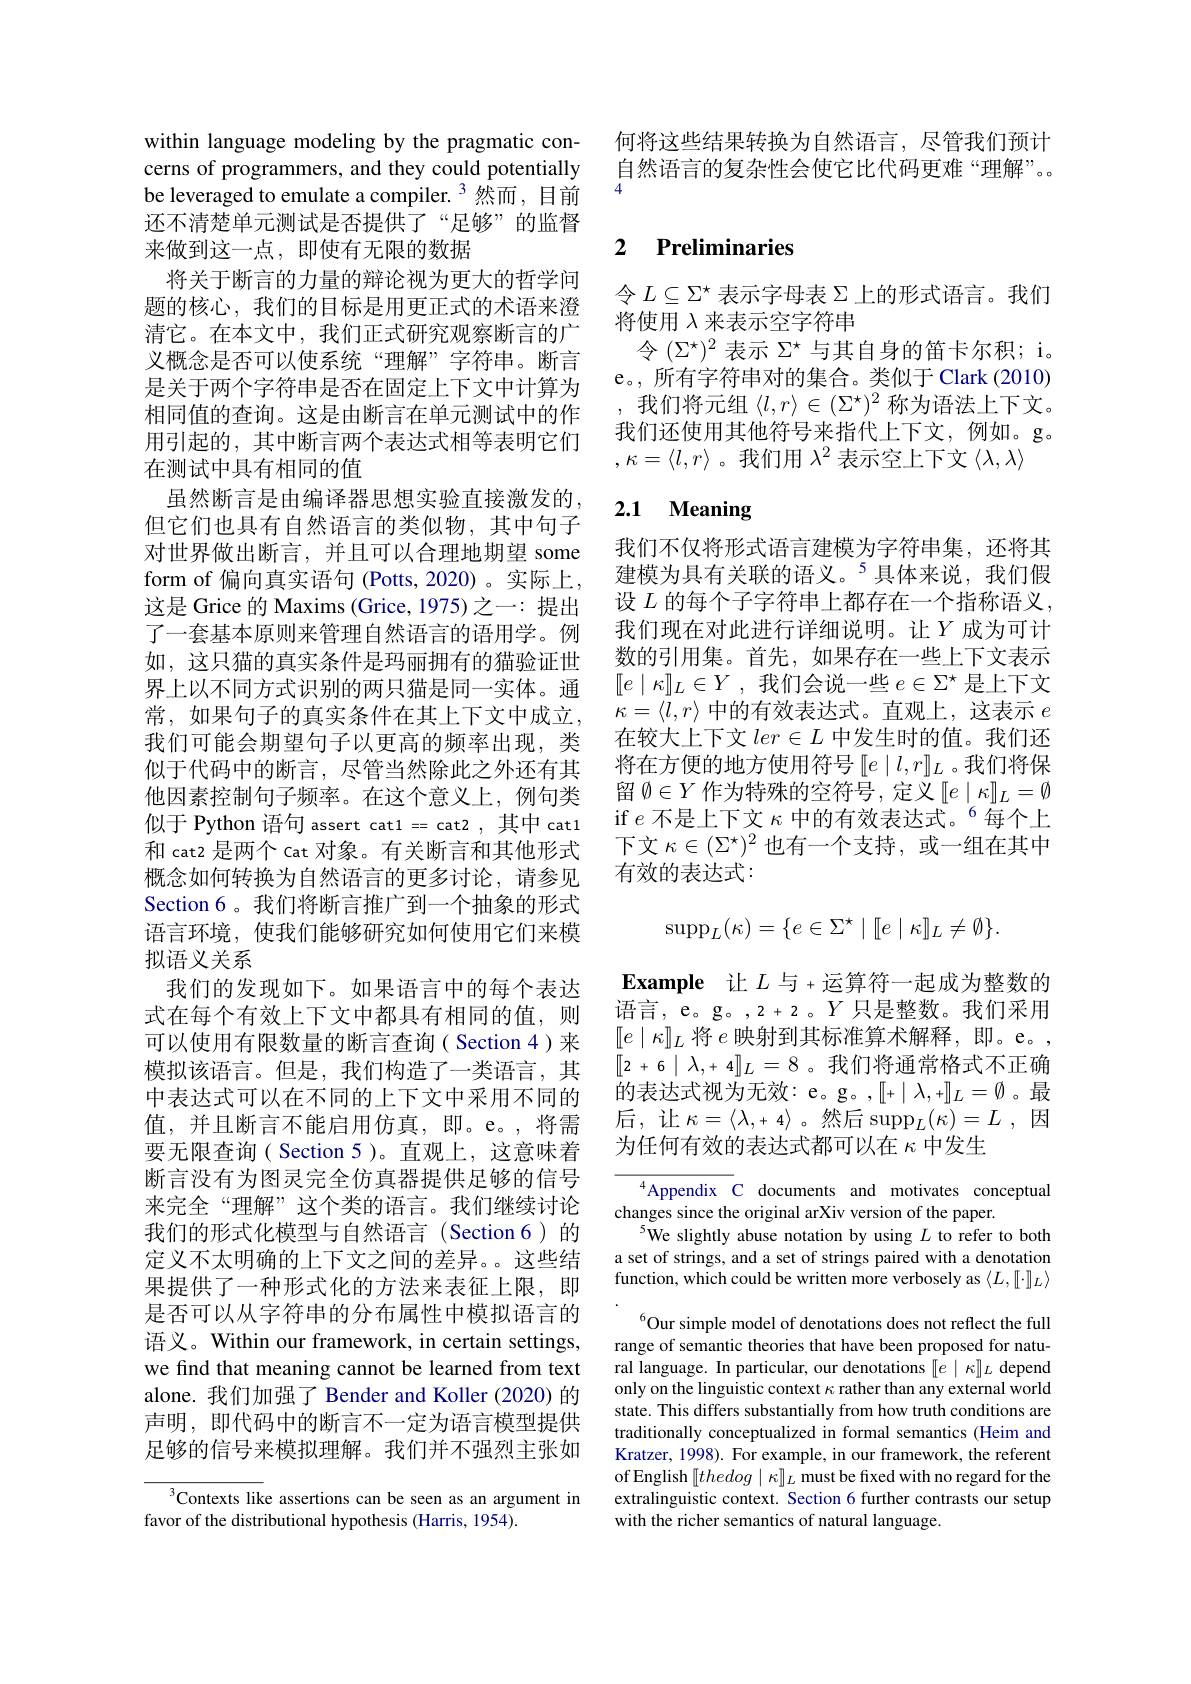
何将这些结果转换为自然语言，尽管我们预计自然语言的复杂性会使它比代码更难“理解”。

within language modeling by the pragmatic concerns of programmers, and they could potentially be leveraged to emulate a compiler. 3 然而，目前还不清楚单元测试是否提供了“足够”的监督
来做到这一点，即使有无限的数据
将关于断言的力量的辩论视为更大的哲学问题的核心，我们的目标是用更正式的术语来澄清它。在本文中，我们正式研究观察断言的广义概念是否可以使系统“理解”字符串。断言是关于两个字符串是否在固定上下文中计算为相同值的查询。这是由断言在单元测试中的作用引起的，其中断言两个表达式相等表明它们在测试中具有相同的值
虽然断言是由编译器思想实验直接激发的但它们也具有自然语言的类似物，其中句子对世界做出断言，并且可以合理地期望 some form of 偏向真实语句 (Potts, 2020) 。实际上， 这是 Grice 的 Maxims (Grice, 1975)之一：提出了一套基本原则来管理自然语言的语用学。例如，这只猫的真实条件是玛丽拥有的猫验证世界上以不同方式识别的两只猫是同一实体。通常，如果句子的真实条件在其上下文中成立， 我们可能会期望句子以更高的频率出现，类似于代码中的断言，尽管当然除此之外还有其他因素控制句子频率。在这个意义上，例句类似于 Python 语句 assert cat1=cat2,其中 cat1和 cat2 是两个 cat 对象。有关断言和其他形式概念如何转换为自然语言的更多讨论，请参见Section 6。我们将断言推广到一个抽象的形式语言环境，使我们能够研究如何使用它们来模拟语义关系
我们的发现如下。如果语言中的每个表达式在每个有效上下文中都具有相同的值，则可以使用有限数量的断言查询( Section 4)来模拟该语言。但是，我们构造了一类语言，其中表达式可以在不同的上下文中采用不同的值，并且断言不能启用仿真，即。e。,将需要无限查询( Section 5 )。直观上，这意味着断言没有为图灵完全仿真器提供足够的信号来完全“理解”这个类的语言。我们继续讨论我们的形式化模型与自然语言(Section6)的定义不太明确的上下文之间的差异。这些结果提供了一种形式化的方法来表征上限，即是否可以从字符串的分布属性中模拟语言的语义。Within our framework, in certain settings, we find that meaning cannot be learned from text alone. 我们加强了 Bender and Koller (2020) 的声明，即代码中的断言不一定为语言模型提供足够的信号来模拟理解。我们并不强烈主张如
Contexts like assertions can be seen as an argument in

favor of the distributional hypothesis (Harris, 1954).

### 2 $\textbf{Preliminaries}$

令$L\subseteq\Sigma^\star$表示字母表 Σ 上的形式语言。我们
将使用$\lambda$来表示空字符串
令$(\Sigma^\star)^2$表示$\Sigma^\star$与其自身的笛卡尔积；i。e。, 所有字符串对的集合。类似于 Clark (2010) ,我们将元组$\langle l,r\rangle\in(\Sigma^\star)^2$称为语法上下文。我们还使用其他符号来指代上下文，例如。g。$,\kappa=\langle l,r\rangle$。我们用 $\lambda^2$ 表示空上下文$\langle\lambda,\lambda\rangle$

# 2.1 Meaning

我们不仅将形式语言建模为字符串集，还将其建模为具有关联的语义。$^{5}$具体来说，我们假设 $L$ 的每个子字符串上都存在一个指称语义， 我们现在对此进行详细说明。让$Y$ 成为可计数的引用集。首先，如果存在一些上下文表示$[e\mid\kappa]_L\in Y$ ,我们会说一些$e\in\Sigma^\star$是上下文$\kappa=\langle l,r\rangle$中的有效表达式。直观上，这表示$e$ 在较大上下文$ler\in L$中发生时的值。我们还将在方便的地方使用符号$[e\mid l,r]_L$。我们将保留$\emptyset\in Y$作为特殊的空符号，定义$[e\mid\kappa]_L=\emptyset$ if $e$ 不是上下文 $\kappa\text{ 中的有效表达式。}^6$每个上下文$\kappa\in(\Sigma^\star)^2$也有一个支持，或一组在其中有效的表达式：
$$\mathrm{supp}_{L}(\kappa)=\{e\in\Sigma^{\star}\mid[[e\mid\kappa]]_{L}\neq\emptyset\}.$$
Example 让$L$与 +运算符一起成为整数的语言，e。g。,2+2。$Y$只是整数。我们采用$[e\mid\kappa]_L$将 $e$ 映射到其标准算术解释，即。e。, 后，让$\kappa=\langle\lambda,+4\rangle$。然后$\operatorname{supp}_L(\kappa)=L$,因为任何有效的表达式都可以在$\kappa$中发生

$^{4}$Appendix C documents and motivates conceptual
changes since the original arXiv version of the paper.
$^{5}$We slightly abuse notation by using $L$ to refer to both a set of strings, and a set of strings paired with a denotation function, which could be written more verbosely as $\langle L,[\cdot]]_L\rangle$

$^{6}$Our simple model of denotations does not reflect the full range of semantic theories that have been proposed for natural language. In particular, our denotations $[e\mid\kappa]_L$ depend only on the linguistic context $\kappa$ rather than any external world state. This differs substantially from how truth conditions are traditionally conceptualized in formal semantics (Heim and Kratzer, 1998). For example, in our framework, the referent of English $[thedog\mid\kappa]]_L$ must be fixed with no regard for the extralinguistic context. Section 6 further contrasts our setup with the richer semantics of natural language.